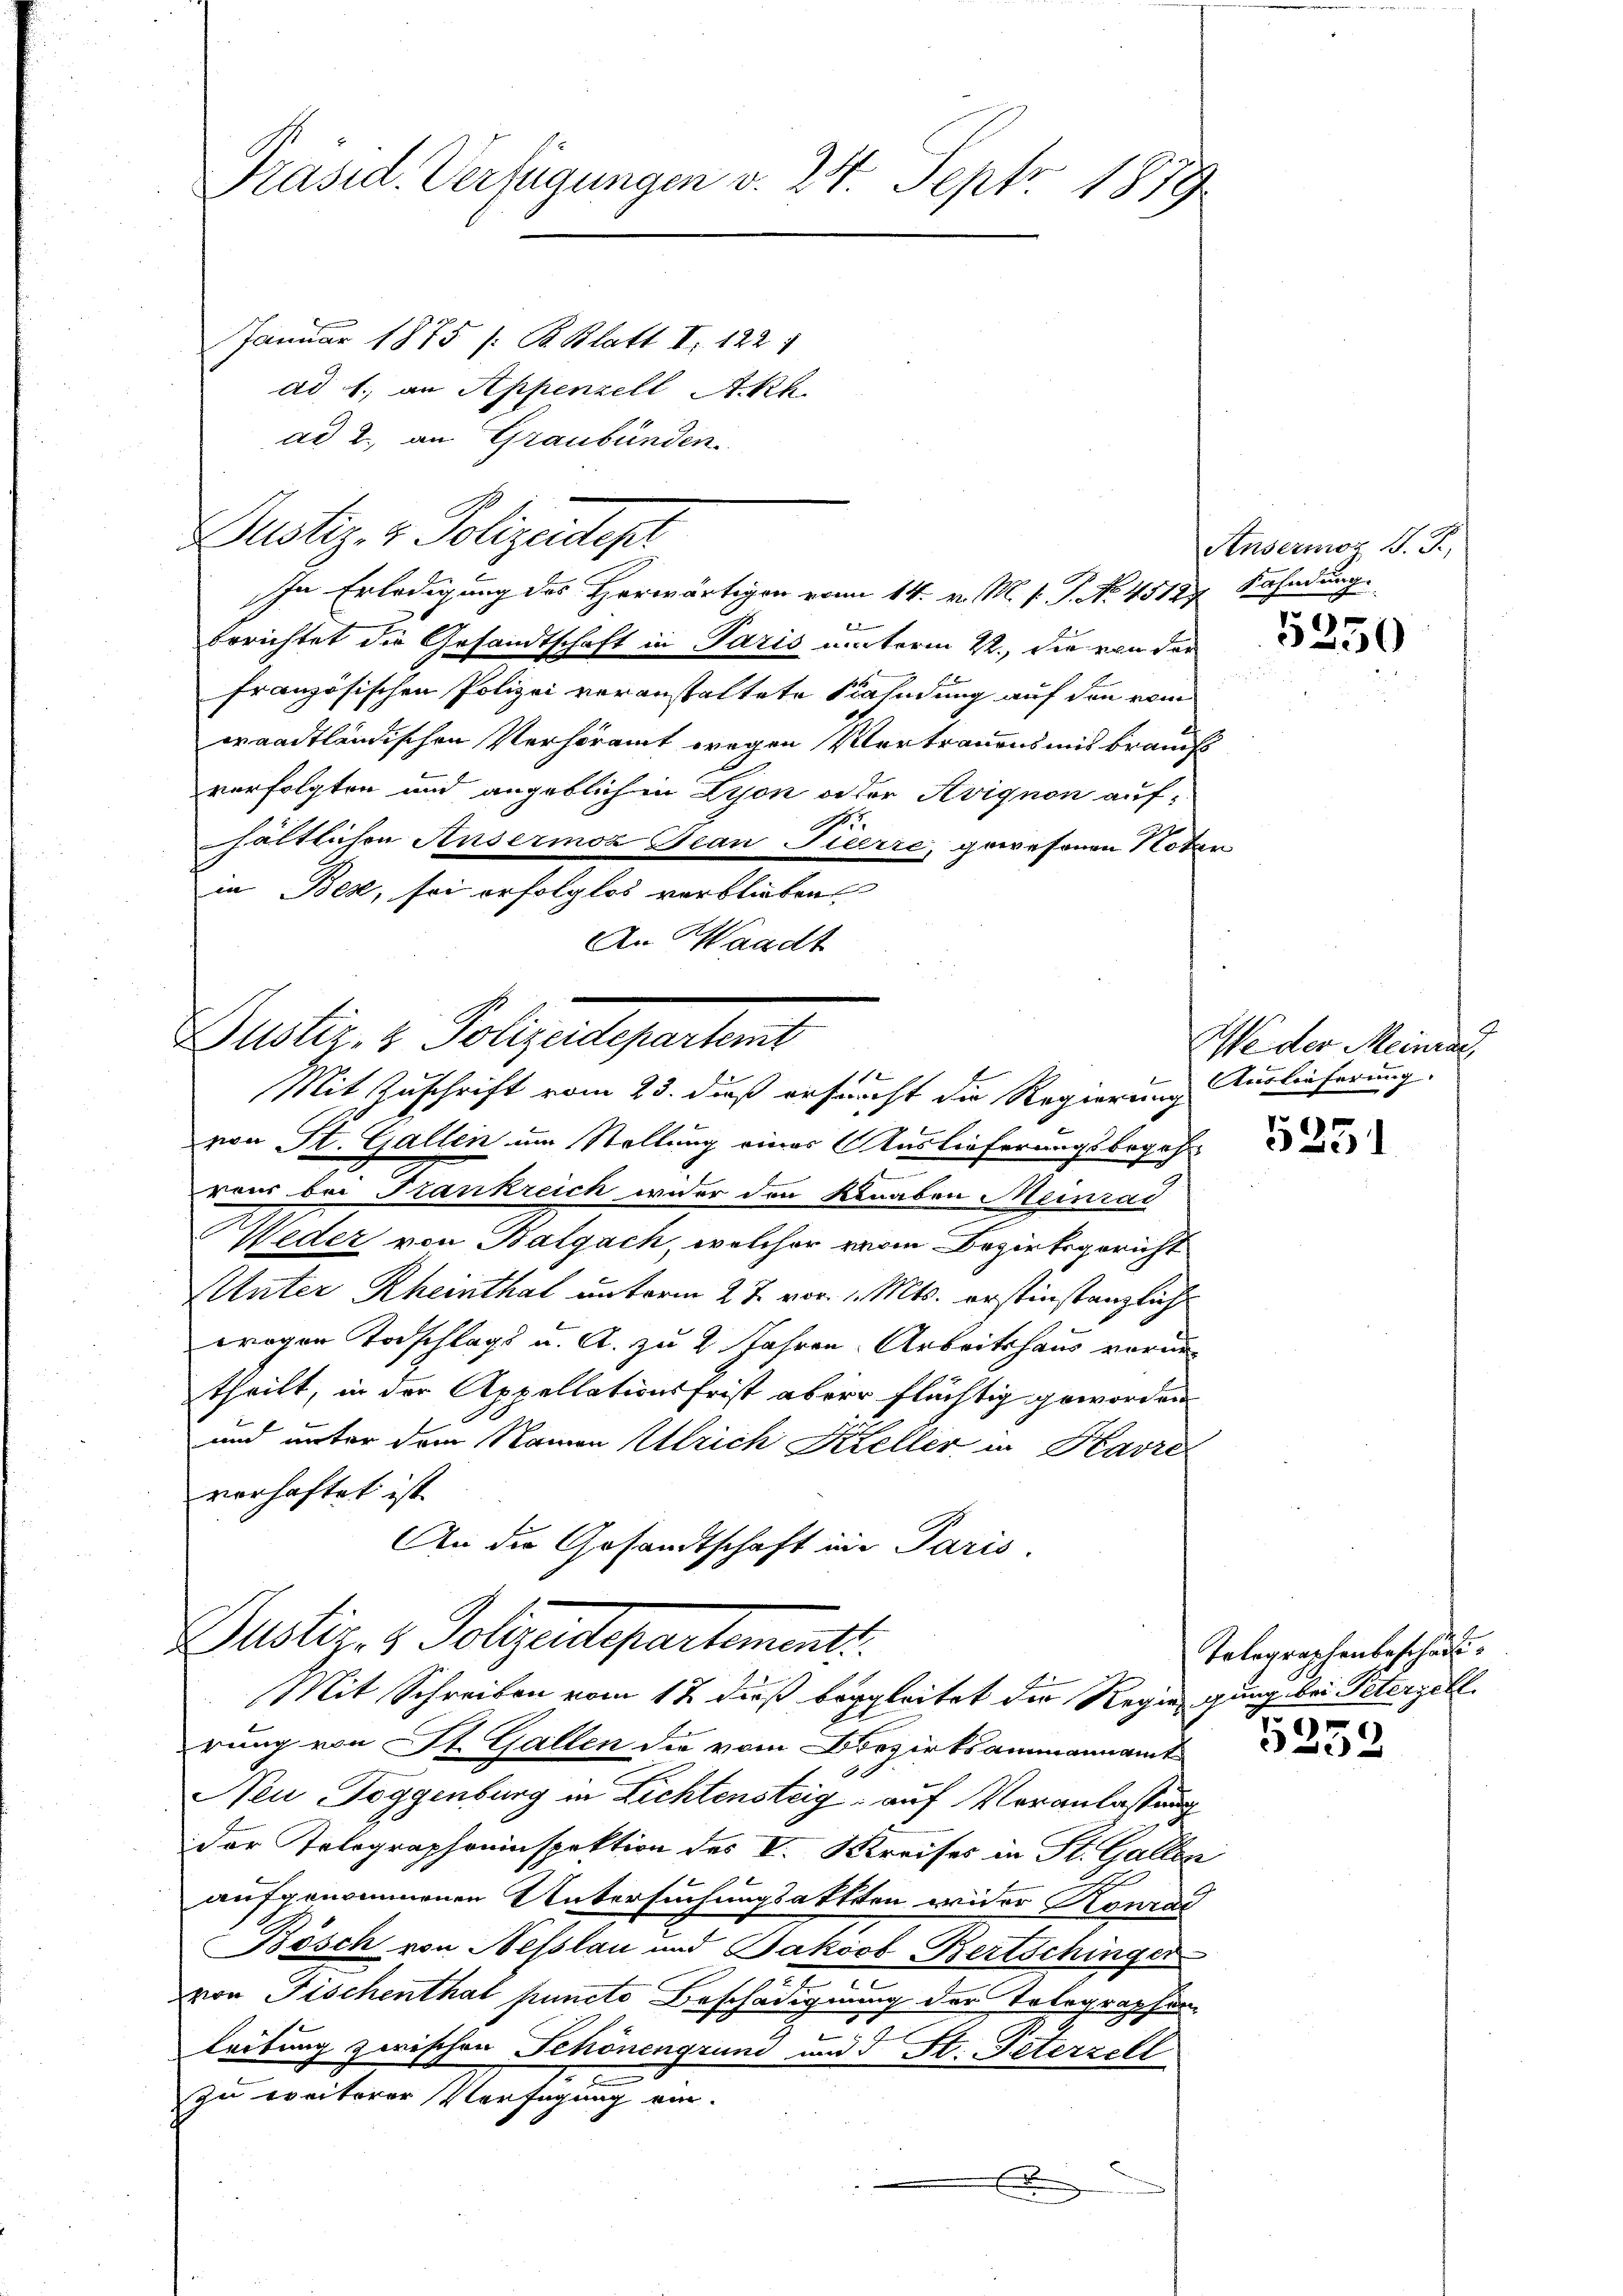
Präsid. Verfügungen v. 24. Sept. 1879.
Januar 1875 /: B. Blatt I 122 1
ad 1. an Appenzell Akh.
ad 2., an Graubünden.

Dustiz- & Polizeidep
In Erledigung des Herwärtigen vom 14. v. M. v. J. No. 45127 Fahndung.

Dustiz- & Polizeiligertens
e
Mit Zuschrift vom 23. dieß ersucht die Regierung Auslieferung.

Zustiz & Polgendepartement
Mit Schreiben vom 12 dieß begleitet die Regiengung bei Peterzell

f
berichtet die Gesandtschaft in Paris unterm 22., die von der
französischen Polizei veranstaltete Kahndung auf den vom
waadtländischen Verhöramt wegen Vertrauensmis brauchs
verfolgten und angeblichen Lyon oder Avignon aufhältlichen Ansermoz Jean Pierre, gewesenen Notar
in Beze, sei erfolglos verblieben
An Waadt
von St. Gallen um Stellung eines Auslieferungsbegehr
raus bei Frankreich wider den Knaben Meinrad
Weder von Balgach, welcher von Bezirksgericht
Plater Rheinthal unterm 27. vor. 1. Mts. erstinstanzliche
wrogen Todschlags u. A. zu 2 Jahren Arbeitshaus vorum
theilt, in der Appellationsfrist aber flüchtig geworden
und unter dem Namen Ulrich Keller in Havre
vorhaftet ist |
An die Gesandtschaft in Paris.

rung von St. Gallen die vom Bezirksammannamt
Neu Toggenburg in Lichtensteig auf Veranlassung
der Tolographeninspektion des V. Kreises in St. Gallen
aufgenommenen Untersuchungsaktten wider Konrad
Bösch von Nesslau und Jakovo Bertschinger
von Fischenthal puncto Beschädigung der Telegraphen.
leibung zwischen Schönengrund und d St. Peterzell
zu weiterer Verfügung ein.
.

Anvermoz J. J.,

5250

We der Meinrai

5351

Telegraphenbeschädi¬

5259